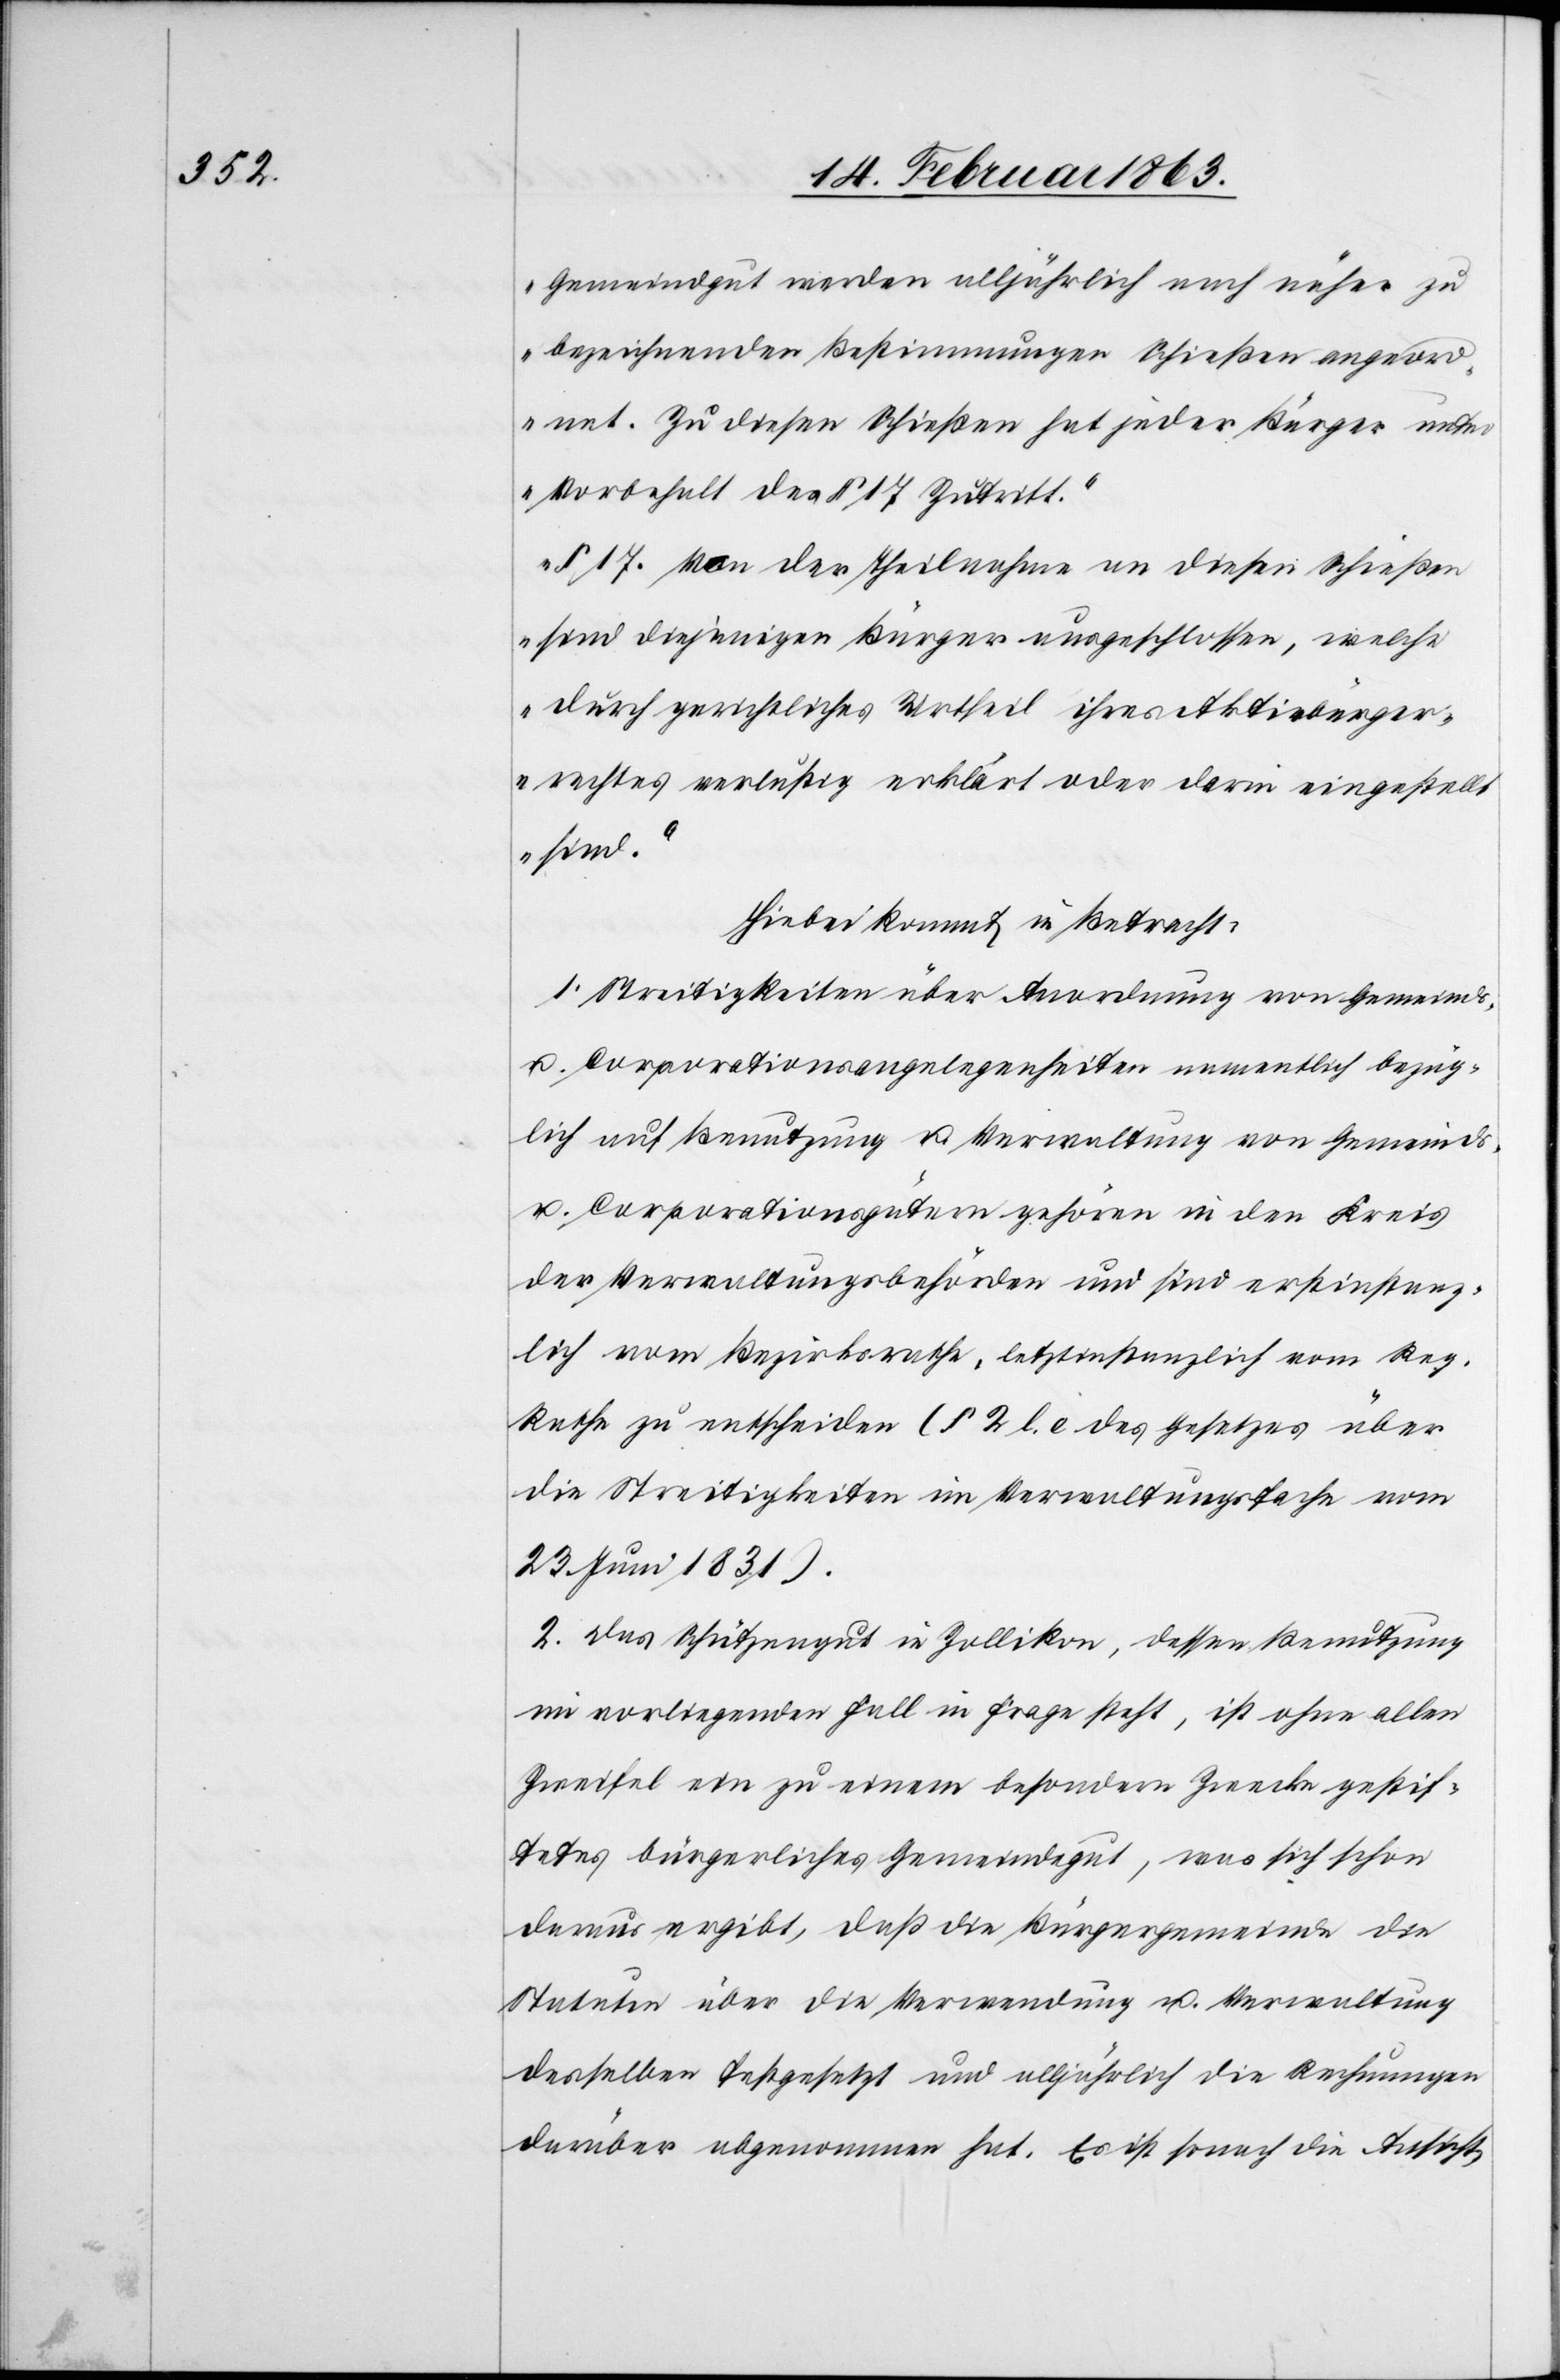
Gemeindgut werden alljährlich nach näher zu
bezeichnenden Bestimmungen Schießen angeord¬
net. Zu diesen Schießen hat jeder Bürger unter
Vorbehalt des § 17 Zutritt.
§ 17. Von der Theilnahme an diesen Schieße¬
n sind diejenigen Bürger ausgeschlossen, welche
durch gerichtliches Urtheil ihres Aktivbürger¬
rechtes verlustig erklärt oder darin eingestell¬
t sind.“
Hiebei kommt in Betracht:
1. Streitigkeiten über Anordnung von Gemeinds-
u. Corporationsangelegenheiten namentlich bezüg¬
lich auf Benutzung u. Verwaltung von Gemeinds-
u. Corporationsgütern gehören in den Kreis
der Verwaltungsbehörden und sind erstinstanz¬
lich vom Bezirksrathe, letztinstanzlich vom Reg.
Rathe zu entscheiden (§ 2 l. e des Gesetzes über
die Streitigkeiten im Verwaltungsfache vom
23. Juni 1831).
2. Das Schützengut in Zollikon, dessen Benutzung
im vorliegenden Fall in Frage steht, ist ohne allen
Zweifel ein zu einem besondern Zwecke gestif¬
tetes bürgerliches Gemeindegut, was sich schon
daraus ergibt, daß die Bürgergemeinde die
Statuten über die Verwendung u. Verwaltung
desselben festgesetzt und alljährlich die Rechnungen
darüber abgenommen hat. Es ist sonach die Ansicht